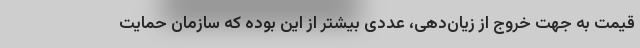
قیمت به جهت خروج از زیان‌دهی، عددی بیشتر از این بوده که سازمان حمایت